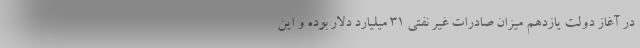
در آغاز دولت یازدهم میزان صادرات غیر نفتی 31 میلیارد دلار بوده و این